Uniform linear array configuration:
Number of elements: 24
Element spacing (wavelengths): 0.75
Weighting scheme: exponential
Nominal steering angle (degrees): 45
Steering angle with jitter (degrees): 44.029
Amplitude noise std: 0.05
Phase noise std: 0.05

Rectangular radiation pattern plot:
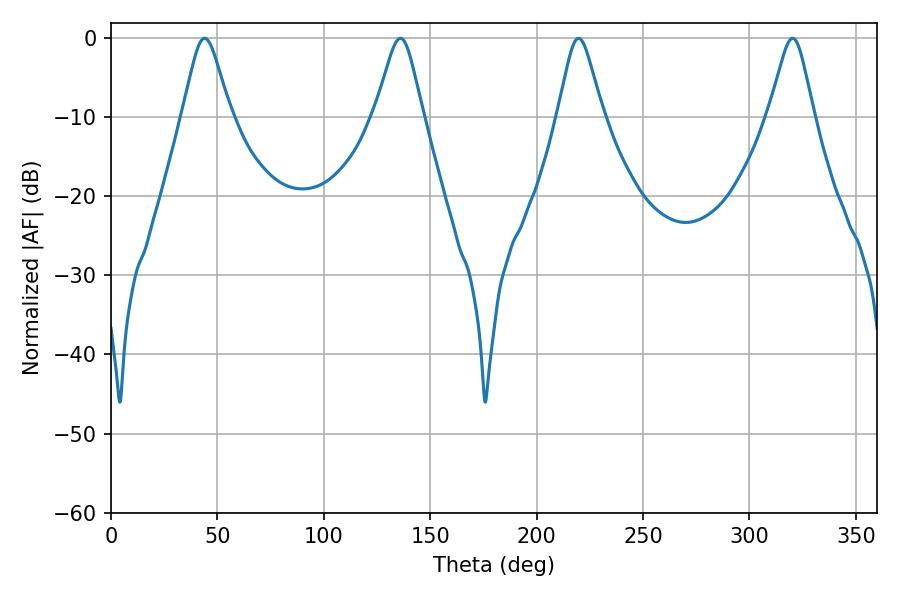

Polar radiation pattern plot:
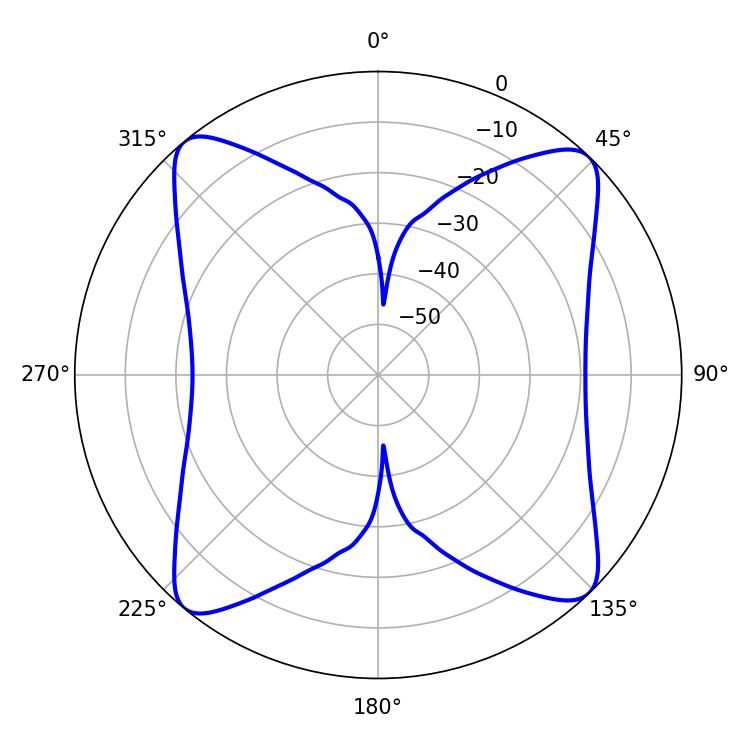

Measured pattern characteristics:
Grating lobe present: TRUE
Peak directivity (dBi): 15.93
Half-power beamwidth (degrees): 10.8
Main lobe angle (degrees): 43.92